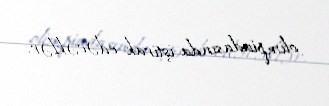
olimpiadasında iştirak edəcəklər.